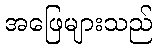
အဖြေများသည်